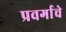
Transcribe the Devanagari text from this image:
प्रवर्गाचे